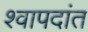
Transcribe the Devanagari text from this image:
श्वापदांत